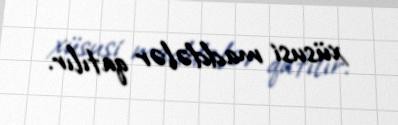
xüsusi maddələr qatılır.